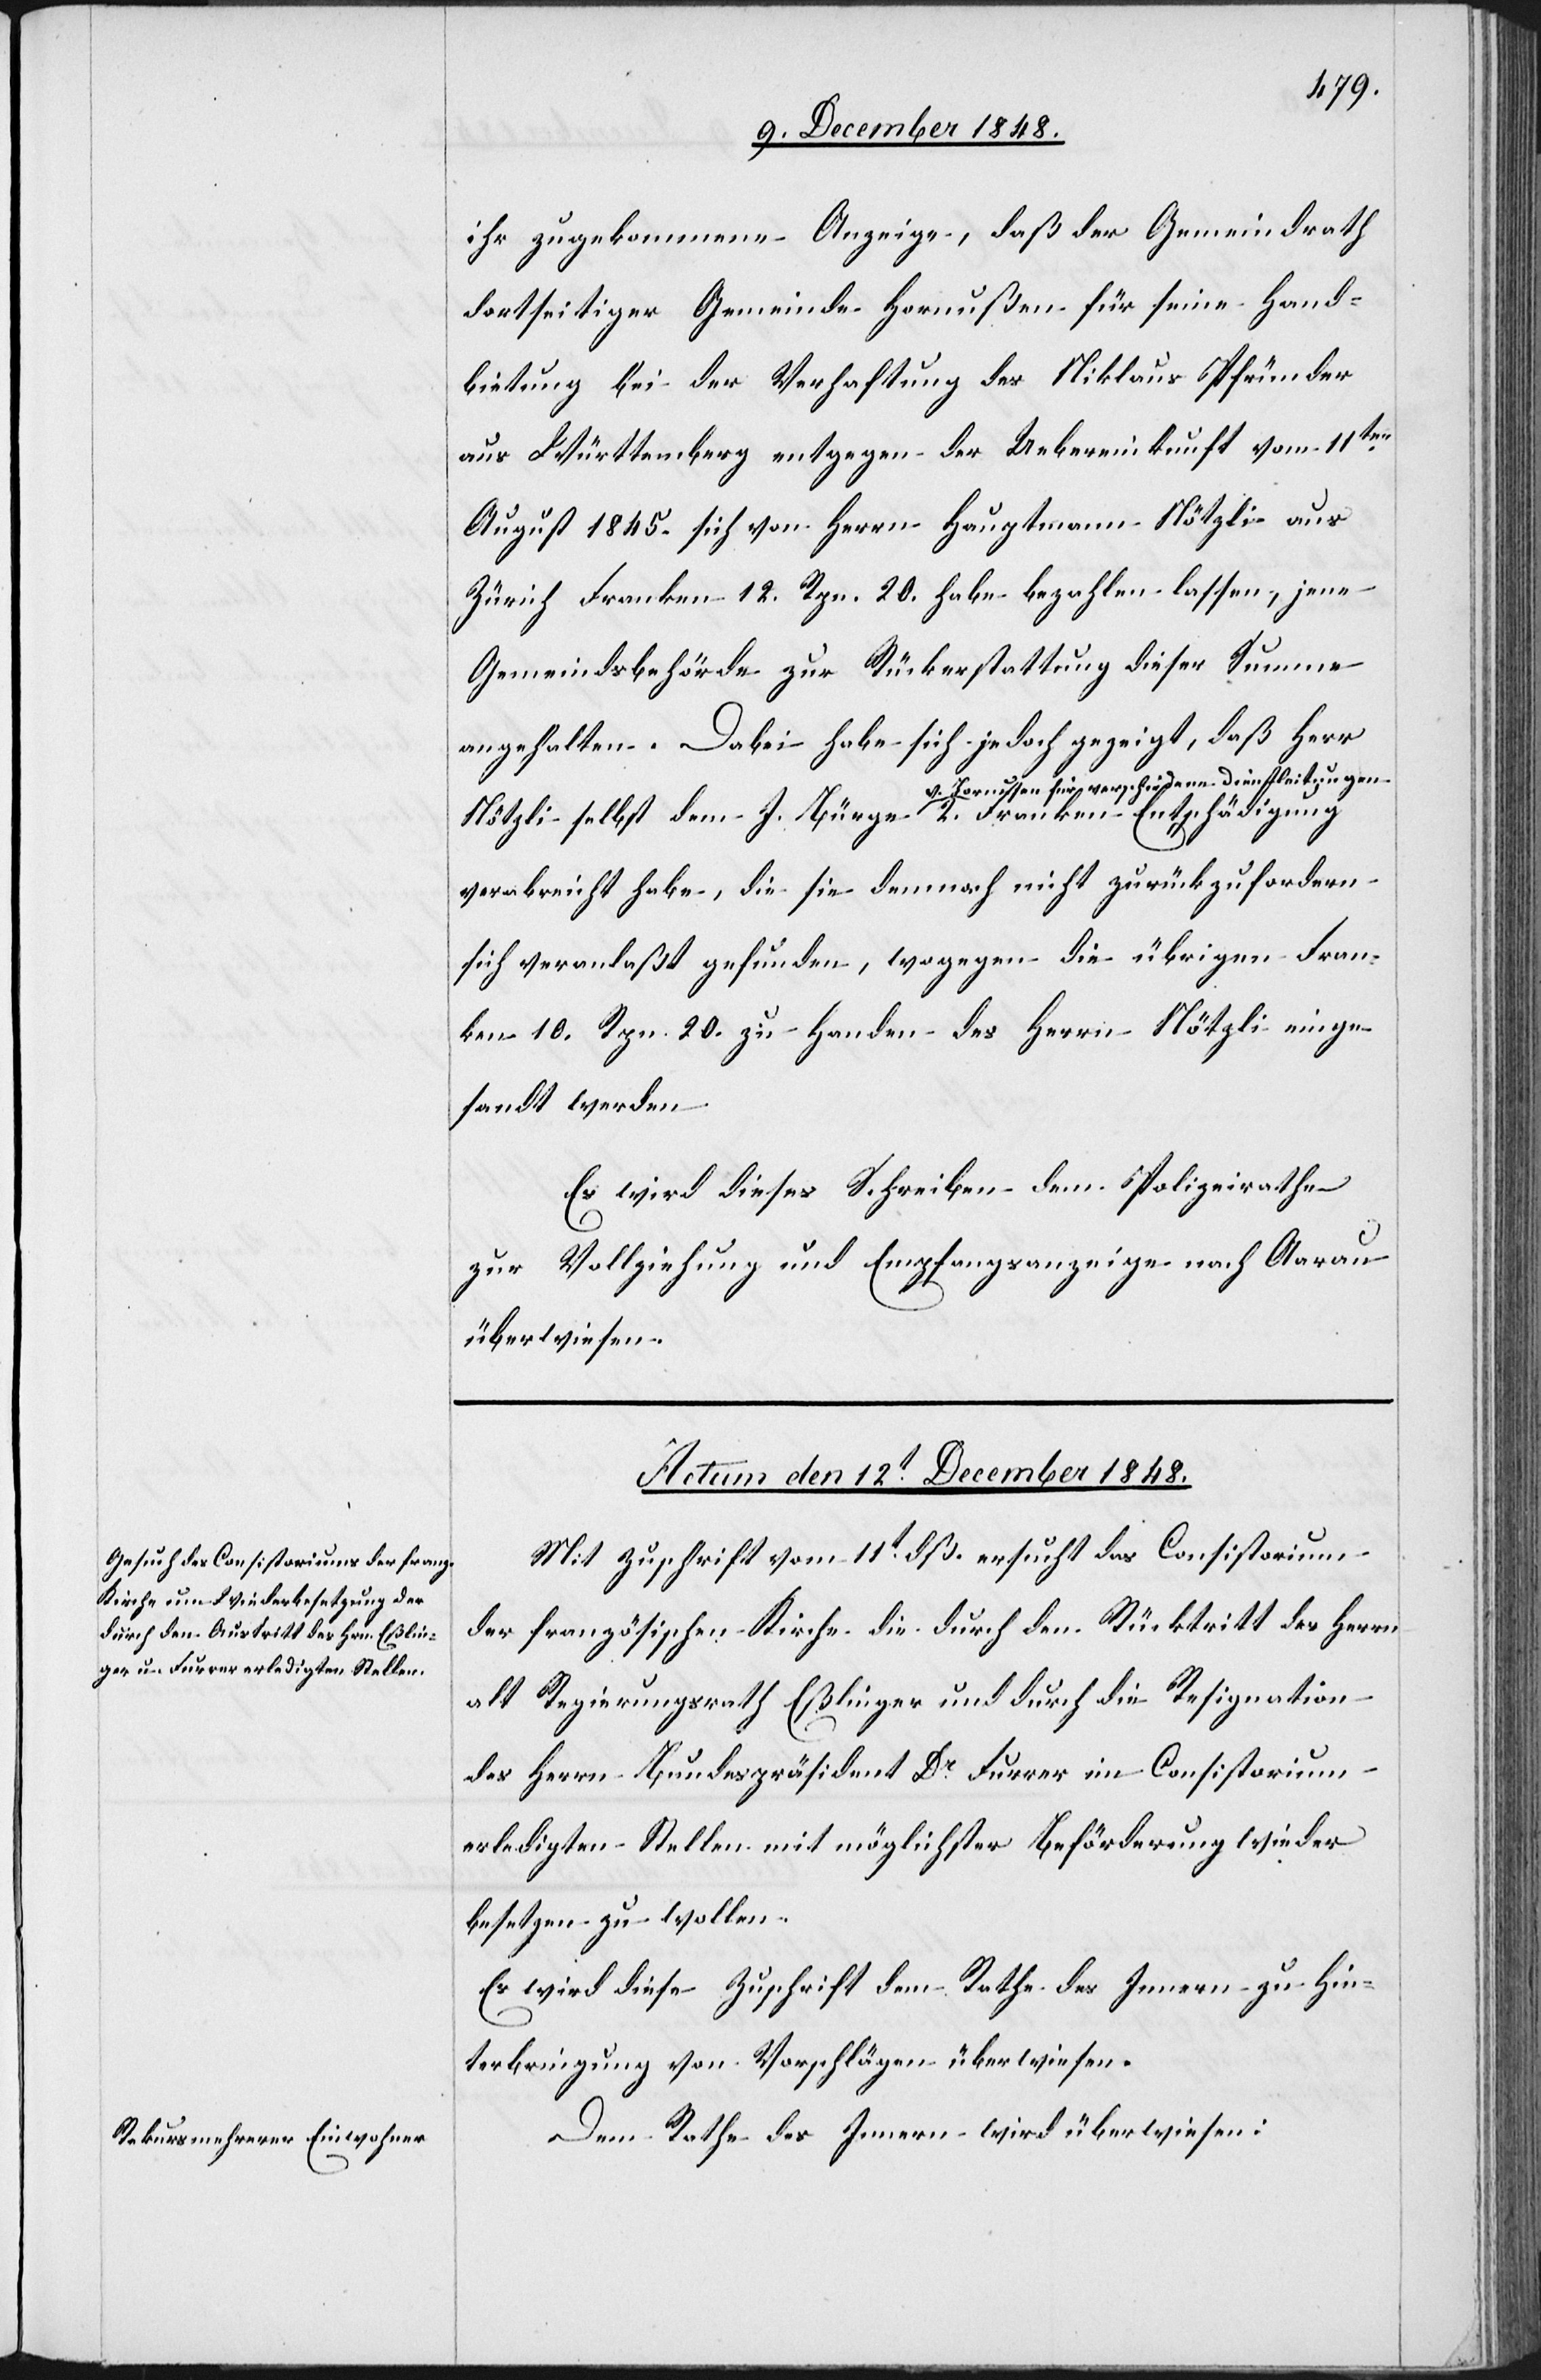
ihr zugekommene Anzeige, daß der Gemeindrath
dortseitiger Gemeinde Hornußen für seine Hand¬
bietung bei der Verhaftung des Niklaus Pfründer
aus Württemberg entgegen der Uebereinkunft vom 11ten
August 1845. sich von Herrn Hauptmann Nötzli aus
Zürich Franken 12. Rpn. 20. habe bezahlen lassen, jene
Gemeindsbehörde zur Rückerstattung dieser Summe
angehalten. Dabei habe sich jedoch gezeigt, daß Herr
Nötzli selbst dem J. Bürge v. Hornussen für verschiedene
verabreicht habe, die sie demnach nicht zurückzufordern
sich veranlaßt gefunden, wogegen die übrigen Fran¬
ken 10. Rpn. 20. zu Handen des Herrn Nötzli einge¬
sandt werden.
Es wird dieses Schreiben dem Polizeirathe
zur Vollziehung und Empfangsanzeige nach Aarau
überwiesen.
Actum den 12t December 1848.]
Mit Zuschrift vom 11t dß. ersucht das Consistorium
der französischen Kirche die durch den Rücktritt des Herrn
alt Regierungsrath Eßlinger und durch die Resignation
des Herrn Bundespräsident Dr Furrer im Consistorium
erledigten Stellen mit möglichster Beförderung wieder
besetzen zu wollen.
Es wird diese Zuschrift dem Rathe des Innern zu Hin¬
terbringung von Vorschlägen überwiesen.
Dem Rathe des Innern wird überwiesen: